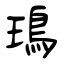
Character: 鳿